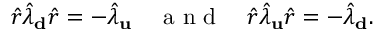
\hat { r } \hat { \lambda } _ { \bf d } \hat { r } = - \hat { \lambda } _ { \bf u } \quad \mathrm { ~ a ~ n ~ d ~ } \quad \hat { r } \hat { \lambda } _ { \bf u } \hat { r } = - \hat { \lambda } _ { \bf d } .